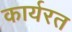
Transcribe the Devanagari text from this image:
कार्यरत